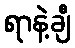
ရာနဲ့ချီ